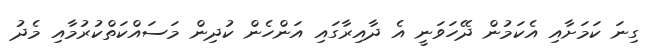
ގިނަ ކަމަށާއި އެކަމުން ދޭހަވަނީ އެ ދާއިރާގައި އަންހެން ކުދިން މަސައްކަތްކުރުމާއި މެދު